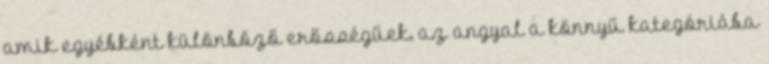
amik egyébként különböző erősségűek, az angyal a könnyű kategóriába